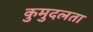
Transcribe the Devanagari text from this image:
कुमुदलता